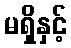
မရှိနှင့်